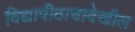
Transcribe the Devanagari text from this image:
विद्यापीठाचादेखील